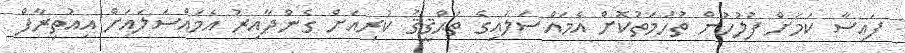
ފައިސާ ކަމަށް ފުލުހުން ތުހުމަތުކޮށް އެމައްސަލައިގެ ތަޙްޤީޤު ކުރިއަށް ގެންދާއިރު އެމައްސަލައަށް އިއުތިރާފް